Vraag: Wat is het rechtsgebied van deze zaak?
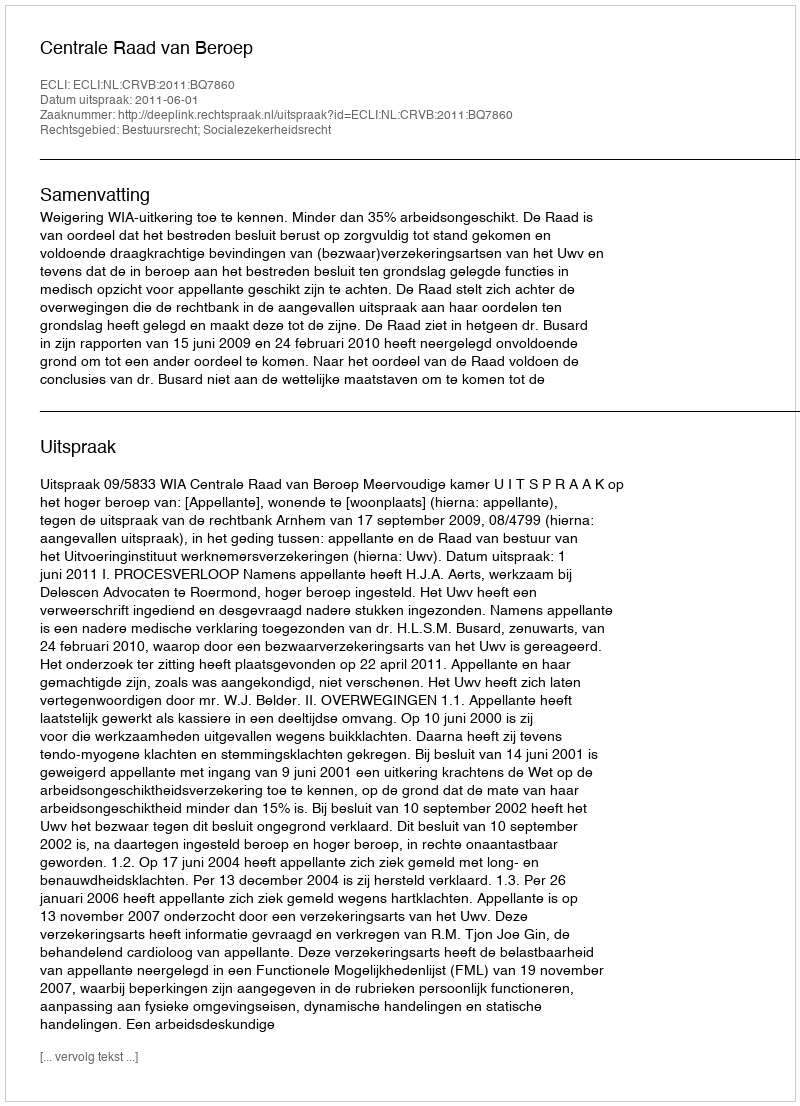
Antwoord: Bestuursrecht; Socialezekerheidsrecht